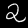
Digit: 2